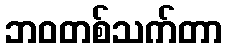
ဘဝတစ်သက်တာ